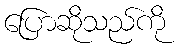
ပြောဆိုသည်ကို